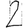
Digit: 2